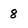
Character: 8